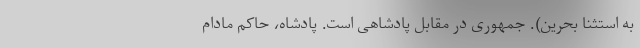
به استثنا بحرین). جمهوری در مقابل پادشاهی است. پادشاه، حاکم مادام